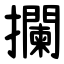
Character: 攔